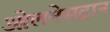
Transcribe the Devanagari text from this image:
ओलमेसट्रान